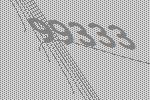
99333